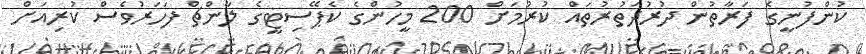
ކުންފުނީގެ ފަރާތުން ދުރުދަތުރުތައް ކުރުމަށް 200 މީހުންގެ ކެޕޭސިޓީގެ ލާންޗް ފަހަރުވެސް ކުރިއަށް